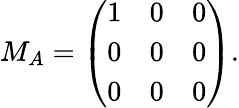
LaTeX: M_{A}=\left(\begin{array}{ccc}{{1}}&{{0}}&{{0}}\\ {{0}}&{{0}}&{{0}}\\ {{0}}&{{0}}&{{0}}\end{array}\right).